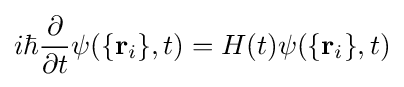
i\hbar {\frac {\partial }{\partial t}}\psi (\{\mathbf {r} _{i}\},t)=H(t)\psi (\{\mathbf {r} _{i}\},t)